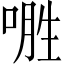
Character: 𱓢